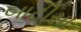
બાટીસા